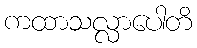
ကထာသလ္လာပေါတိ